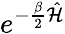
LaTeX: e^{-\frac{\beta}{2}\hat{\mathcal{H}}}